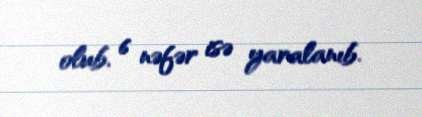
olub, 6 nəfər isə yaralanıb.